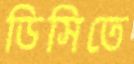
ডিসিতে